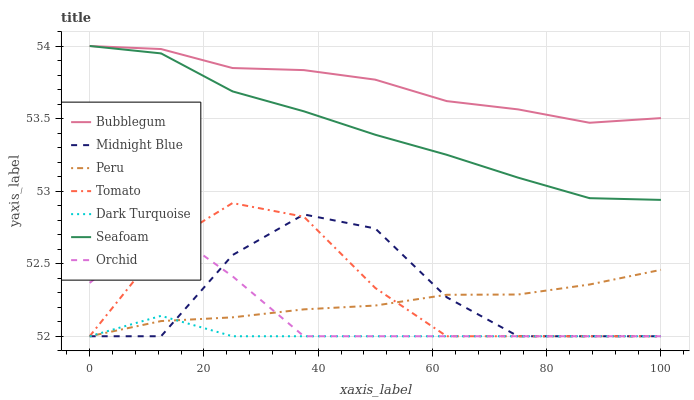
| xaxis_label | Bubblegum | Midnight Blue | Peru | Tomato | Dark Turquoise | Seafoam | Orchid |
 | --- | --- | --- | --- | --- | --- | --- | --- |
 | 0 | 54 | 52 | 52 | 52 | 52 | 54 | 52.4 |
 | 12.5 | 54 | 52 | 52.1 | 52.6 | 52.1 | 53.9 | 52.8 |
 | 25 | 53.8 | 52.6 | 52.1 | 52.9 | 52 | 53.7 | 52.4 |
 | 37.5 | 53.8 | 52.8 | 52.2 | 52.8 | 52 | 53.5 | 52 |
 | 50 | 53.8 | 52.7 | 52.2 | 52.3 | 52 | 53.4 | 52 |
 | 62.5 | 53.6 | 52.3 | 52.3 | 52 | 52 | 53.3 | 52 |
 | 75 | 53.6 | 52 | 52.3 | 52 | 52 | 53.1 | 52 |
 | 87.5 | 53.5 | 52 | 52.4 | 52 | 52 | 53 | 52 |
 | 100 | 53.5 | 52 | 52.5 | 52 | 52 | 52.9 | 52 |